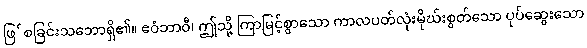
ဖြ်စခြင်းသဘောရှိ၏။ ဧဝံဘာဝီ၊ ဤသို့ ကြာမြင့်စွာသော ကာလပတ်လုံးမိုဃ်းစွတ်သော ပုပ်ဆွေးသော